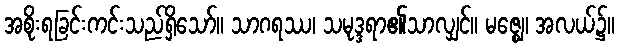
အစိုးရခြင်းကင်းသည်ရှိသော်။ သာဂရဿ၊ သမုဒ္ဒရာ၏သာလျှင်။ မဇ္ဈေ၊ အလယ်၌။